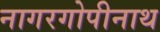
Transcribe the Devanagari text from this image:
नागरगोपीनाथ